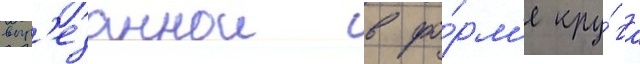
выр'езаннои в фо́рм'е кру́га